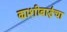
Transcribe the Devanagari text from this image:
काशीबाईंचा